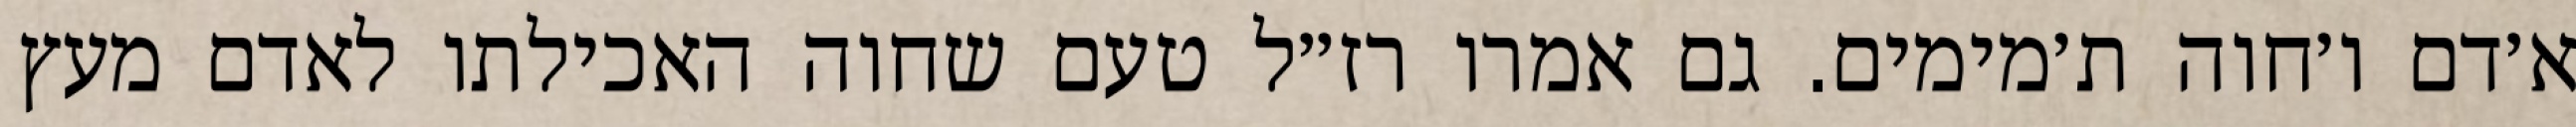
א׳דם ו׳חוה ת׳מימים. גם אמרו רז״ל טעם שחוה האכילתו לאדם מעץ